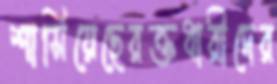
শাসিয়েছেরক্তধারীদের